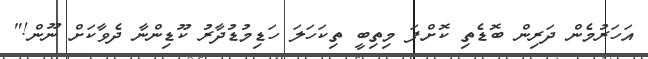
އަހަރުމެން ދަރިން ބޮޑެތި ކޮށްފަ މިތިބީ ތިކަހަލަ ހަޑިމުޑުދާރު ކޫޑިންނާ ދެވާކަށް ނޫން!"